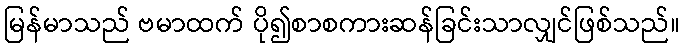
မြန်မာသည် ဗမာထက် ပို၍စာစကားဆန်ခြင်းသာလျှင်ဖြစ်သည်။